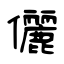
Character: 儷